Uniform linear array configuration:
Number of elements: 16
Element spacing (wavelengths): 0.75
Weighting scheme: binomial
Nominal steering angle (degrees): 45
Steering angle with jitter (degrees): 44.94
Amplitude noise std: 0.05
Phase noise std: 0.05

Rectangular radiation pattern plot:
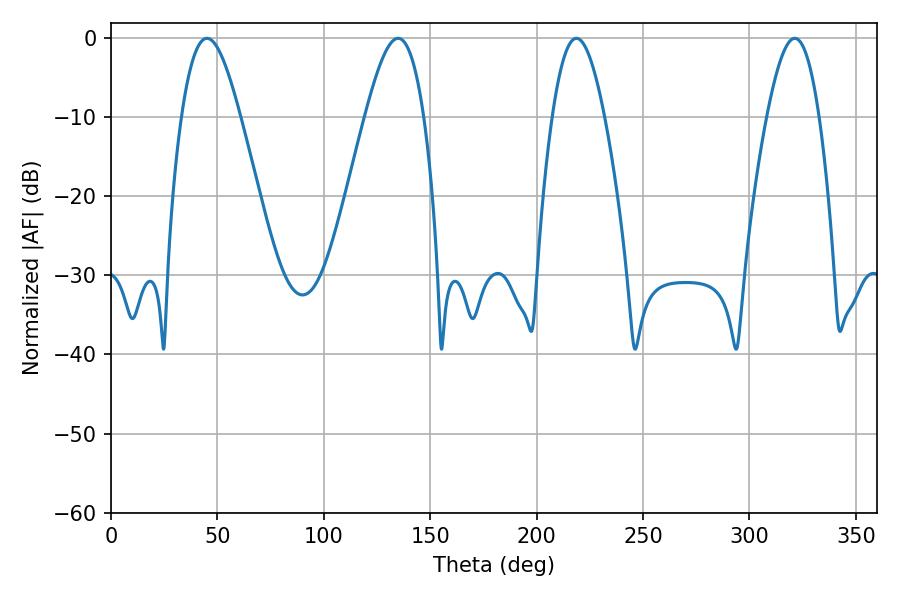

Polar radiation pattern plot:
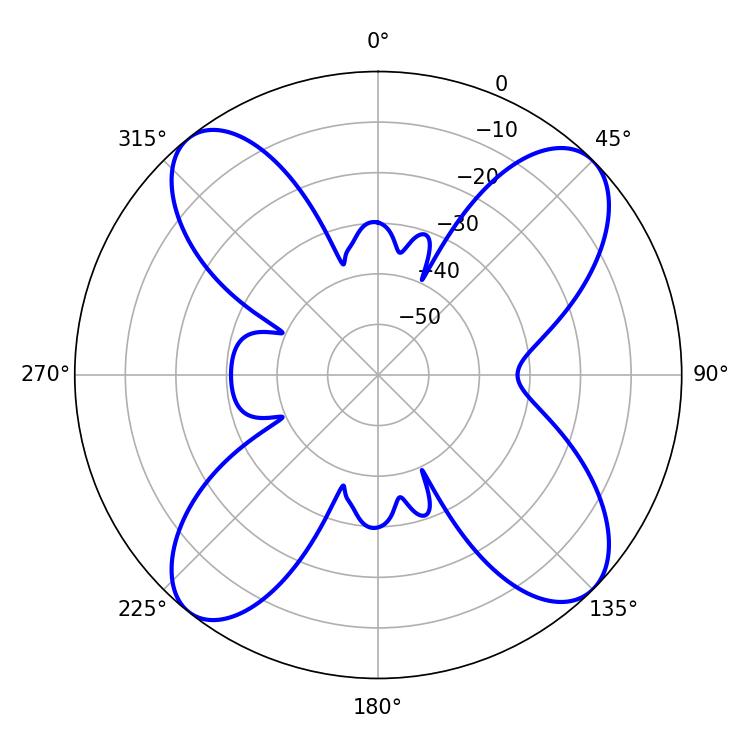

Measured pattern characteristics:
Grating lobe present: TRUE
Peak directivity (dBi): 13.481
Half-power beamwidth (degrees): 13.14
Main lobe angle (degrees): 321.3